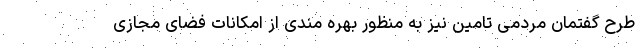
طرح گفتمان مردمی تامین نیز به منظور بهره مندی از امکانات فضای مجازی